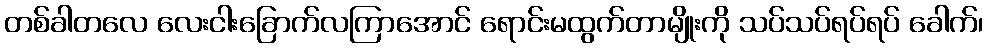
တစ်ခါတလေ လေးငါးခြောက်လကြာအောင် ရောင်းမထွက်တာမျိုးကို သပ်သပ်ရပ်ရပ် ခေါက်၊